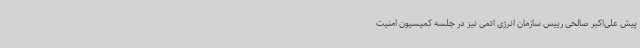
پیش علی‌اکبر صالحی رییس سازمان انرژی اتمی نیز در جلسه کمیسیون امنیت